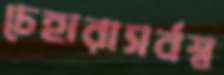
চেহারাসর্বস্ব